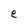
Character: e